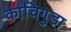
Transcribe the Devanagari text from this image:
काचिगुडा